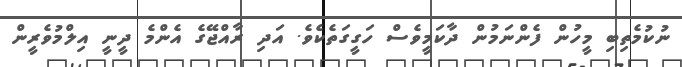
ނުކުމެތިބި މީހުން ފެންނަމުން ދާކަމީވެސް ހަގީގަތެކެވެ. އަދި ރާއްޖޭގެ އެންމެ ދީނީ އިލްމުވެރީން